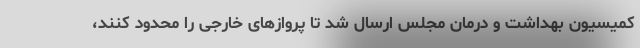
کمیسیون بهداشت و درمان مجلس ارسال شد تا پروازهای خارجی را محدود کنند،